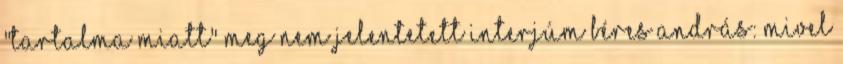
"tartalma miatt" meg nem jelentetett interjúm Béres András: Mivel